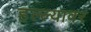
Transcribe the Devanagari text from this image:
हल्ल्यावर